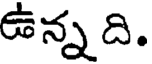
ఉన్న ది.